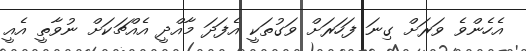
އެހެންވެ ވަރަށް ގިނަ ފަހަރަށް ވަގުތަކީ އެފަދަ މާއްދީ އެއްޗަކަށް ނުވާތީ އެއީ